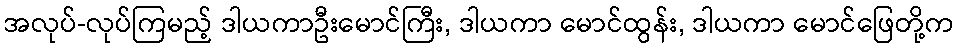
အလုပ်-လုပ်ကြမည့် ဒါယကာဦးမောင်ကြီး, ဒါယကာ မောင်ထွန်း, ဒါယကာ မောင်ဖြေတို့က